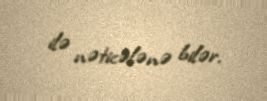
ilə nəticələnə bilər.